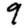
Digit: 9